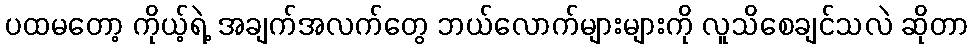
ပထမတော့ ကိုယ့်ရဲ့ အချက်အလက်တွေ ဘယ်လောက်များများကို လူသိစေချင်သလဲ ဆိုတာ